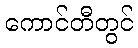
ကောင်တီတွင်